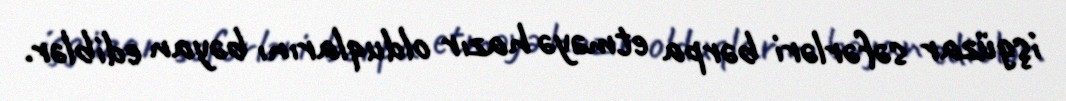
işgüzar səfərləri bərpa etməyə hazır olduqlarını bəyan ediblər.